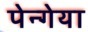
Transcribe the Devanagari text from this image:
पेन्गेया